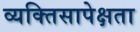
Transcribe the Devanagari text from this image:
व्यक्तिसापेक्षता